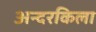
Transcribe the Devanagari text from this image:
अन्दरकिला